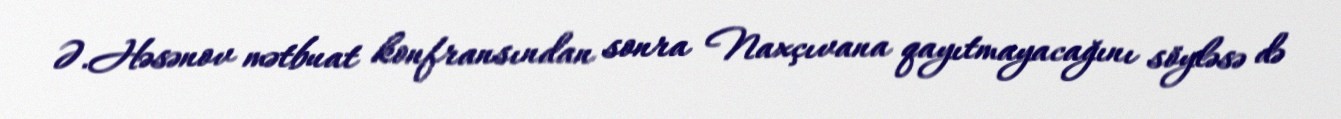
Ə.Həsənov mətbuat konfransından sonra Naxçıvana qayıtmayacağını söyləsə də